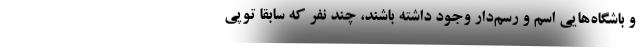
و باشگاه‌هایی اسم و رسم‌دار وجود داشته باشند، چند نفر که سابقاً توپی